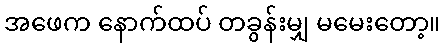
အဖေက နောက်ထပ် တခွန်းမျှ မမေးတော့။